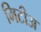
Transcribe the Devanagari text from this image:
मिटीअ